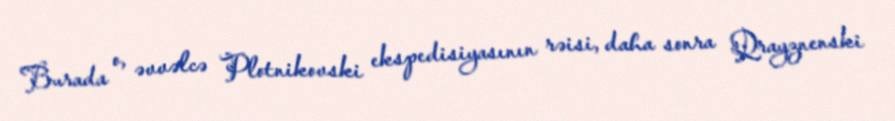
Burada o, əvvəlcə Plotnikovski ekspedisiyasının rəisi, daha sonra Qrayznenski